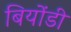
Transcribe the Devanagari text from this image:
बियोंडी